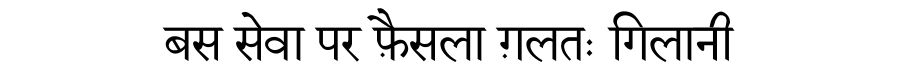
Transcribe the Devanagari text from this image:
बस सेवा पर फ़ैसला ग़लतः गिलानी